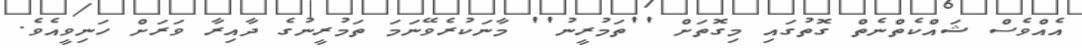
އެއްވެސް ޝައްކެތްނެތް ގޮތުގައި މިގޮތަށް ''ތަމުރީނު'' މާނަކުރެވޭނަމަ ތަމުރީނުގެ ދާއިރާ ވަރަށް ހަނިވީއެވެ.